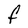
Character: F